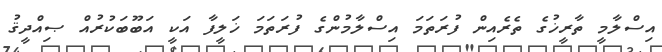
އިސްލާމީ ތާރީޚުގެ ތެރެއިން ފުރަތަމަ އިސްލާމުންގެ ފުރަތަމަ ޚަލީފާ އަކީ އަބޫބަކުރުއް ޞިއްދީޤު